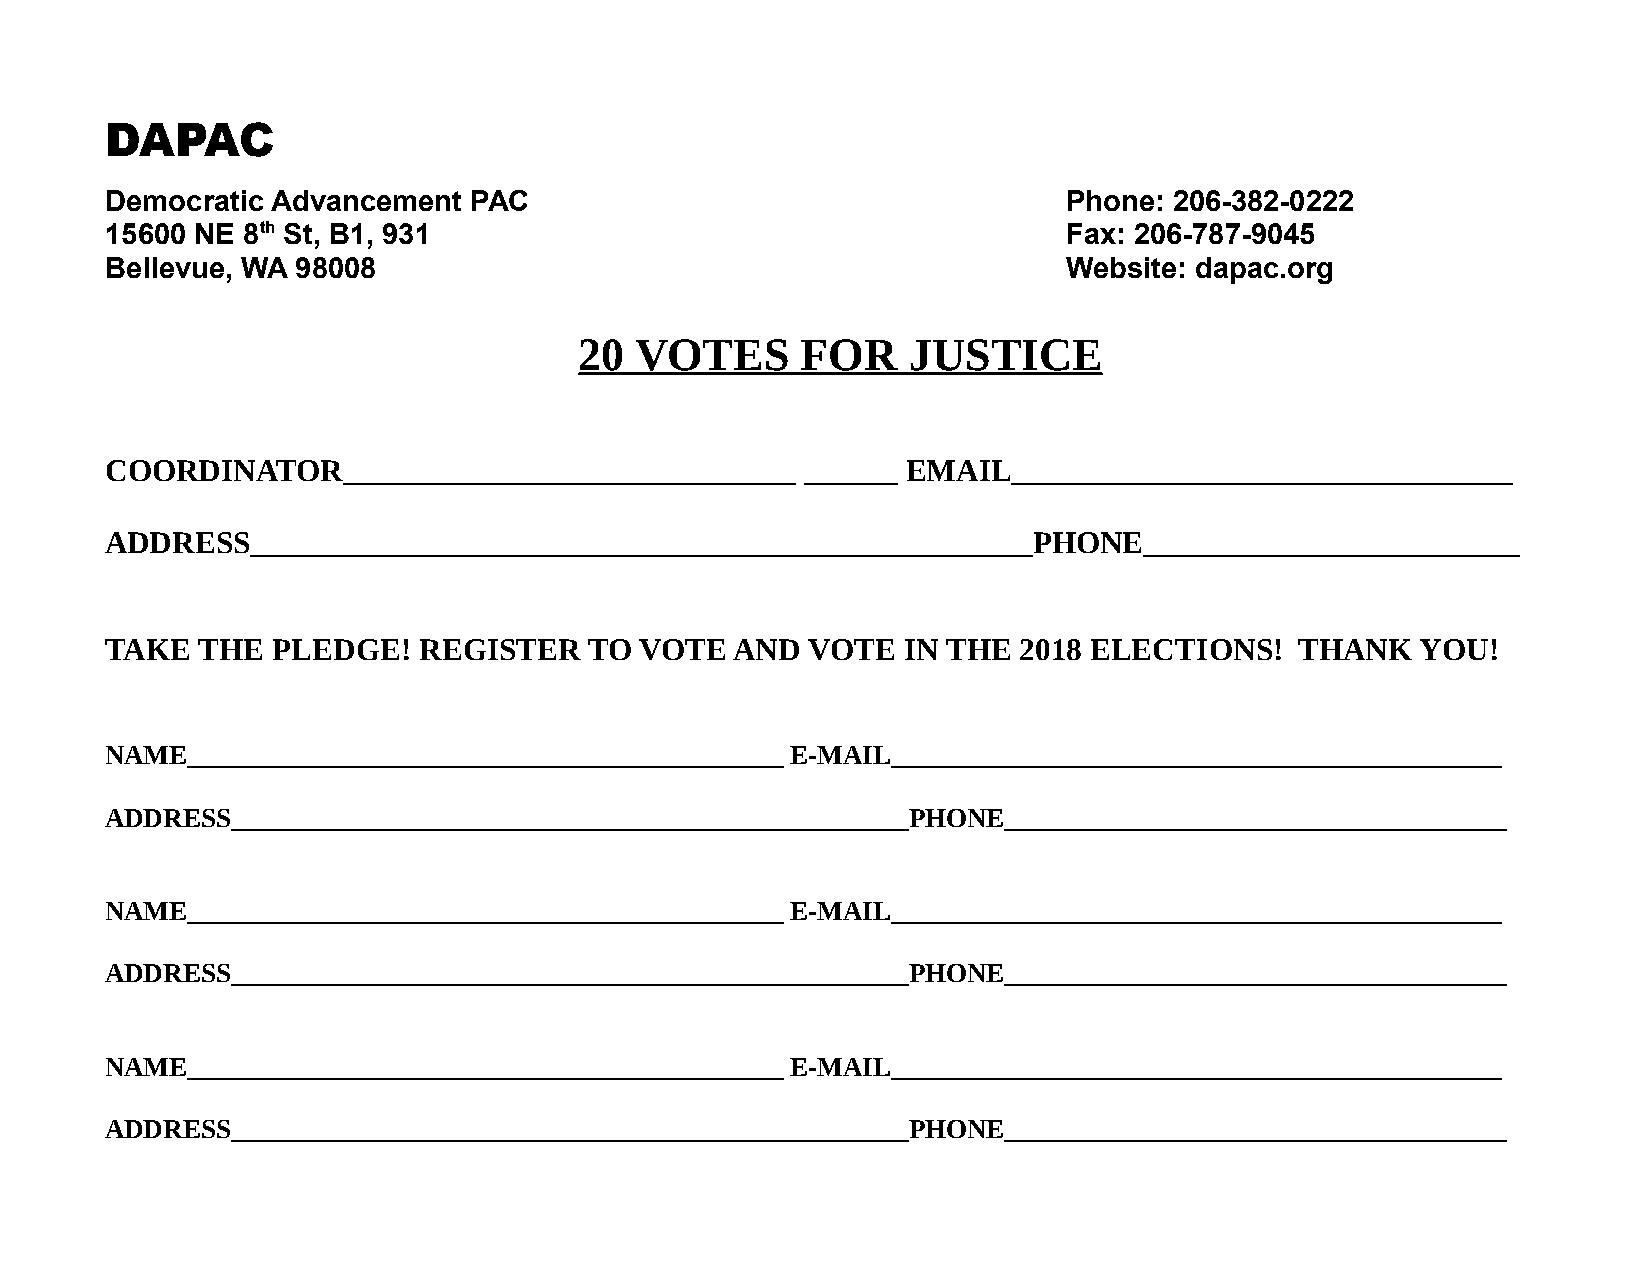
DAPAC
 Democratic Advancement  PAC                                     Phone: 206-382-0222
 15600 NE 8th St, B1, 931                                        Fax: 206-787-9045
 Bellevue, WA 98008                                              Website: dapac.org
 20  VOTES      FOR    JUSTICE
 COORDINATOR_____________________________      ______ EMAIL________________________________
 ADDRESS__________________________________________________PHONE________________________
 TAKE  THE  PLEDGE!   REGISTER   TO VOTE   AND  VOTE  IN THE  2018 ELECTIONS!   THANK   YOU!
 NAME____________________________________________ E-MAIL_____________________________________________
 ADDRESS__________________________________________________PHONE_____________________________________
 NAME____________________________________________ E-MAIL_____________________________________________
 ADDRESS__________________________________________________PHONE_____________________________________
 NAME____________________________________________ E-MAIL_____________________________________________
 ADDRESS__________________________________________________PHONE_____________________________________